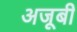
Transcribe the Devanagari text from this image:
अजूबी